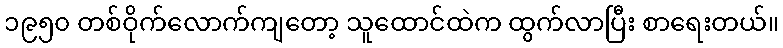
၁၉၅၀ တစ်ဝိုက်လောက်ကျတော့ သူထောင်ထဲက ထွက်လာပြီး စာရေးတယ်။